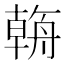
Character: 𦩻